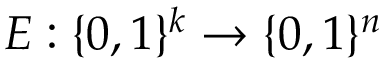
E : \{ 0 , 1 \} ^ { k } \to \{ 0 , 1 \} ^ { n }